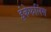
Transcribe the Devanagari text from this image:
इंकेफलिंस